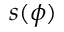
s ( \phi )